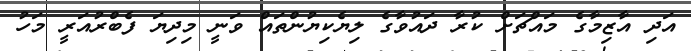
އަދި އާޒިމާގެ މައްޗަށް ކުރާ ދައުވާގެ ލިޔެކިޔުންތައް ވަނީ މިދިޔަ ފެބްރުއަރީ މަހު